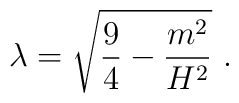
\lambda= \sqrt{ \frac{9}{4}-\frac{m^2}{H^2}} \ .